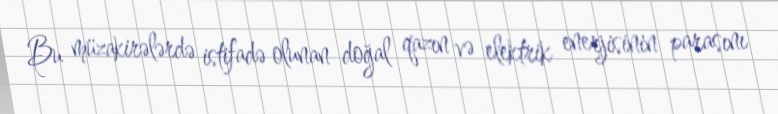
Bu müzakirələrdə istifadə olunan doğal qazın və elektrik enerjisinin parasını